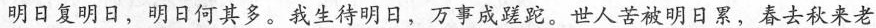
明日复明日，明日何其多。我生待明日，万事成蹉跎。世人苦被明日累，春去秋来老